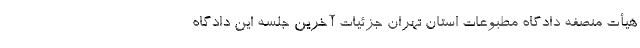
هیأت منصفه دادگاه مطبوعات استان تهران جزئیات آخرین جلسه این دادگاه